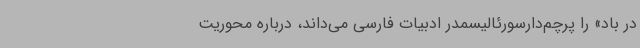
در باد» را پرچم‌دارسورئالیسمدر ادبیات فارسی می‌داند، درباره محوریت